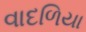
વાદળિયા